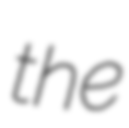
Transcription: the